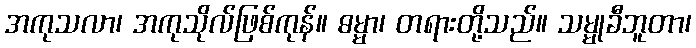
အကုသလာ၊ အကုသိုလ်ဖြစ်ကုန်။ ဓမ္မာ၊ တရားတို့သည်။ သမ္မုခီဘူတာ၊